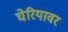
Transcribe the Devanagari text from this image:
घेरियावर